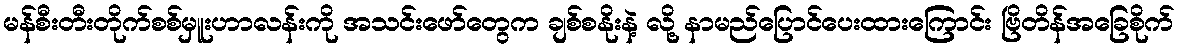
မန်စီးတီးတိုက်စစ်မှူးဟာလန်းကို အသင်းဖော်တွေက ချစ်စနိုးနဲ့ လို့ နာမည်ပြောင်ပေးထားကြောင်း ဗြိတိန်အခြေစိုက်